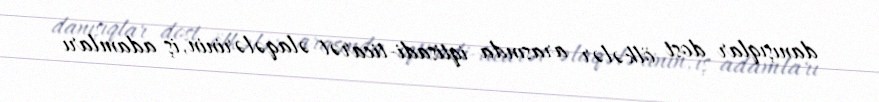
danışıqlar dost ölkələr arasında iqtisadi-ticarət əlaqələrinin, iş adamları